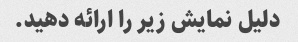
دلیل نمایش زیر را ارائه دهید.